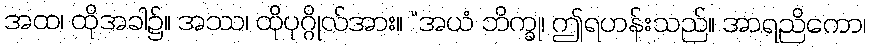
အထ၊ ထိုအခါ၌။ အဿ၊ ထိုပုဂ္ဂိုလ်အား။ “အယံ ဘိက္ခု၊ ဤရဟန်းသည်။ အာရညိကော၊